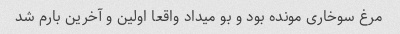
مرغ سوخاری مونده بود و بو میداد واقعا اولین و آخرین بارم شد